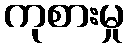
ကုစားမှု